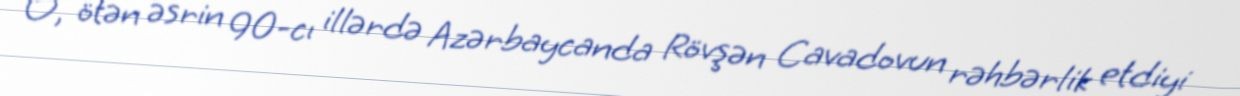
O, ötən əsrin 90-cı illərdə Azərbaycanda Rövşən Cavadovun rəhbərlik etdiyi